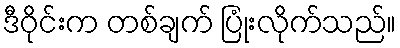
ဒီဝိုင်းက တစ်ချက် ပြုံးလိုက်သည်။